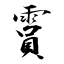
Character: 霣